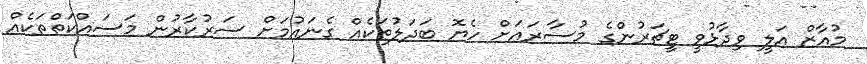
މުއާޒް އަލީ ވިދާޅުވީ ޓީޗަރުންގެ މުސާރައަށް ހެޔޮ ބަދަލުތަކެއް ގެނައުމަށް ސަރުކާރުން މަސައްކަތްތަކެއް